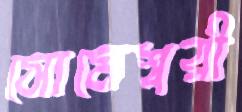
সোমেশ্বরী